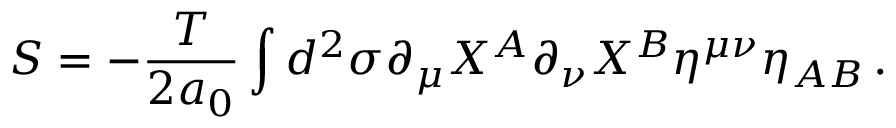
S = - \frac { T } { 2 a _ { 0 } } \int d ^ { 2 } \sigma \partial _ { \mu } X ^ { A } \partial _ { \nu } X ^ { B } \eta ^ { \mu \nu } \eta _ { A B } \, .